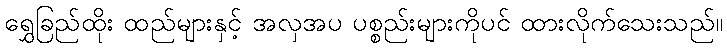
ရွှေခြည်ထိုး ထည်များနှင့် အလှအပ ပစ္စည်းများကိုပင် ထားလိုက်သေးသည်။